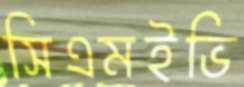
সিএমইভি